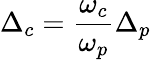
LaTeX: \Delta_{c}=\frac{\omega_{c}}{\omega_{p}}\Delta_{p}